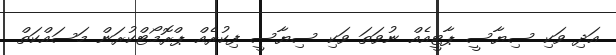
އަދި ވަކި ސިޔާސީ ޕާޓީއެއް ނުވަތަ ވަކި ސިޔާސީ ފިކުރެއް ޕްރޮމޯޓްކުރަން މަސައްކަތް